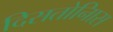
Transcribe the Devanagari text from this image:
दिसतोनिास